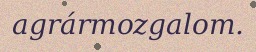
agrármozgalom.